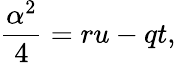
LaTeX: \frac{\alpha^{2}}{4}=ru-qt,